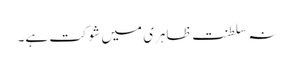
نہ سلطنت ظاہری میں شوکت ہے۔